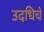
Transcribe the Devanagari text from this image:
उदधिचे